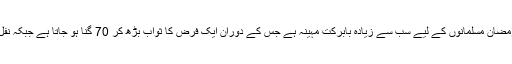
نماز تراویح رمضان کا ایک تحفہ ہے جبکہ رمضان مسلمانوں کے لیے سب سے زیادہ بابرکت مہینہ ہے جس کے دوران ایک فرض کا ثواب بڑھ کر 70 گنا ہو جاتا ہے جبکہ نفل کا ثواب بڑھ کر فرض کے برابر ہوجاتا ہے۔